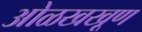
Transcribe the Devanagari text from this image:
ओळखखूण